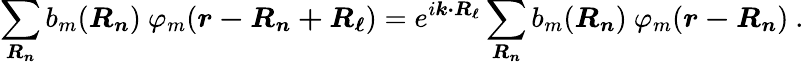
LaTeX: \sum_{\boldsymbol{R_{n}}}b_{m}({\boldsymbol{R_{n}}})\ \varphi_{m}({\boldsymbol{r-R_{n}+R_{\ell}}})=e^{i{\boldsymbol{k\cdot R_{\ell}}}}\sum_{\boldsymbol{R_{n}}}b_{m}({\boldsymbol{R_{n}}})\ \varphi_{m}({\boldsymbol{r-R_{n}}})\ .